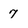
Character: 7